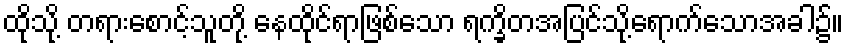
ထိုသို့ တရားစောင့်သူတို့ နေထိုင်ရာဖြစ်သော ရက္ခိတအပြင်သို့ရောက်သောအခါ၌။